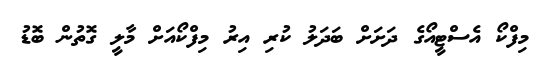
މިފްކޯ އެސްޓީއޯގެ ދަށަށް ބަދަލު ކުރި އިރު މިފްކޯއަށް މާލީ ގޮތުން ބޮޑު